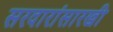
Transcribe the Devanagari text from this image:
सरदारांसारखी